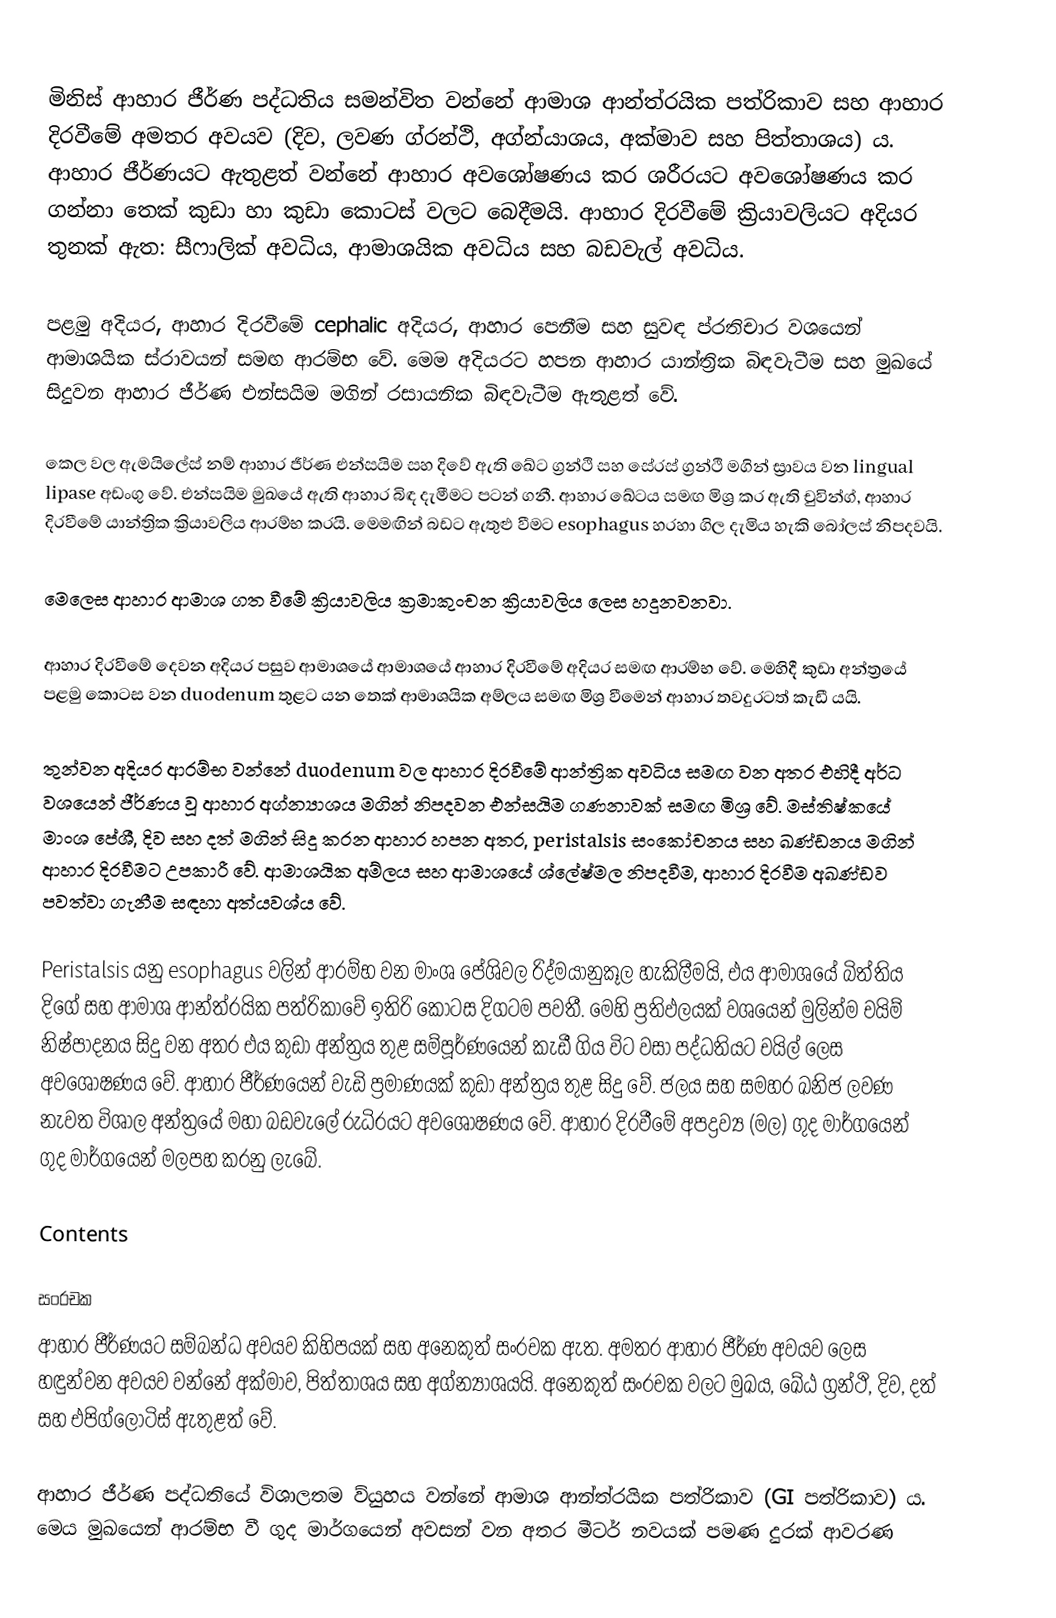
මිනිස් ආහාර ජීර්ණ පද්ධතිය සමන්විත වන්නේ ආමාශ ආන්ත්රයික පත්රිකාව සහ ආහාර දිරවීමේ අමතර අවයව (දිව, ලවණ ග්රන්ථි, අග්න්යාශය, අක්මාව සහ පිත්තාශය) ය. ආහාර ජීර්ණයට ඇතුළත් වන්නේ ආහාර අවශෝෂණය කර ශරීරයට අවශෝෂණය කර ගන්නා තෙක් කුඩා හා කුඩා කොටස් වලට බෙදීමයි. ආහාර දිරවීමේ ක්‍රියාවලියට අදියර තුනක් ඇත: සීෆාලික් අවධිය, ආමාශයික අවධිය සහ බඩවැල් අවධිය.

පළමු අදියර, ආහාර දිරවීමේ cephalic අදියර, ආහාර පෙනීම සහ සුවඳ ප්රතිචාර වශයෙන් ආමාශයික ස්රාවයන් සමඟ ආරම්භ වේ. මෙම අදියරට හපන ආහාර යාන්ත්‍රික බිඳවැටීම සහ මුඛයේ සිදුවන ආහාර ජීර්ණ එන්සයිම මගින් රසායනික බිඳවැටීම ඇතුළත් වේ.

කෙල වල ඇමයිලේස් නම් ආහාර ජීර්ණ එන්සයිම සහ දිවේ ඇති ඛේට ග්‍රන්ථි සහ සේරස් ග්‍රන්ථි මගින් ස්‍රාවය වන lingual lipase අඩංගු වේ. එන්සයිම මුඛයේ ඇති ආහාර බිඳ දැමීමට පටන් ගනී. ආහාර ඛේටය සමඟ මිශ්‍ර කර ඇති චුවින්ග්, ආහාර දිරවීමේ යාන්ත්‍රික ක්‍රියාවලිය ආරම්භ කරයි. මෙමඟින් බඩට ඇතුළු වීමට esophagus හරහා ගිල දැමිය හැකි බෝලස් නිපදවයි.

මෙලෙස ආහාර ආමාශ ගත වීමේ ක්‍රියාවලිය ක්‍රමාකුංචන ක්‍රියාවලිය ලෙස හදුනවනවා.

ආහාර දිරවීමේ දෙවන අදියර පසුව ආමාශයේ ආමාශයේ ආහාර දිරවීමේ අදියර සමඟ ආරම්භ වේ. මෙහිදී කුඩා අන්ත්‍රයේ පළමු කොටස වන duodenum තුළට යන තෙක් ආමාශයික අම්ලය සමඟ මිශ්‍ර වීමෙන් ආහාර තවදුරටත් කැඩී යයි.

තුන්වන අදියර ආරම්භ වන්නේ duodenum වල ආහාර දිරවීමේ ආන්ත්‍රික අවධිය සමඟ වන අතර එහිදී අර්ධ වශයෙන් ජීර්ණය වූ ආහාර අග්න්‍යාශය මගින් නිපදවන එන්සයිම ගණනාවක් සමඟ මිශ්‍ර වේ. මස්තිෂ්කයේ මාංශ පේශී, දිව සහ දත් මගින් සිදු කරන ආහාර හපන අතර, peristalsis සංකෝචනය සහ ඛණ්ඩනය මගින් ආහාර දිරවීමට උපකාරී වේ. ආමාශයික අම්ලය සහ ආමාශයේ ශ්ලේෂ්මල නිපදවීම, ආහාර දිරවීම අඛණ්ඩව පවත්වා ගැනීම සඳහා අත්යවශ්ය වේ.

Peristalsis යනු esophagus වලින් ආරම්භ වන මාංශ පේශිවල රිද්මයානුකූල හැකිලීමයි, එය ආමාශයේ බිත්තිය දිගේ සහ ආමාශ ආන්ත්රයික පත්රිකාවේ ඉතිරි කොටස දිගටම පවතී. මෙහි ප්‍රතිඵලයක් වශයෙන් මුලින්ම චයිම් නිෂ්පාදනය සිදු වන අතර එය කුඩා අන්ත්‍රය තුළ සම්පූර්ණයෙන් කැඩී ගිය විට වසා පද්ධතියට චයිල් ලෙස අවශෝෂණය වේ. ආහාර ජීර්ණයෙන් වැඩි ප්‍රමාණයක් කුඩා අන්ත්‍රය තුළ සිදු වේ. ජලය සහ සමහර ඛනිජ ලවණ නැවත විශාල අන්ත්‍රයේ මහා බඩවැලේ රුධිරයට අවශෝෂණය වේ. ආහාර දිරවීමේ අපද්‍රව්‍ය (මල) ගුද මාර්ගයෙන් ගුද මාර්ගයෙන් මලපහ කරනු ලැබේ.

Contents

සංරචක
ආහාර ජීර්ණයට සම්බන්ධ අවයව කිහිපයක් සහ අනෙකුත් සංරචක ඇත. අමතර ආහාර ජීර්ණ අවයව ලෙස හඳුන්වන අවයව වන්නේ අක්මාව, පිත්තාශය සහ අග්න්‍යාශයයි. අනෙකුත් සංරචක වලට මුඛය, ඛේඨ ග්‍රන්ථි, දිව, දත් සහ එපිග්ලොටිස් ඇතුළත් වේ.

ආහාර ජීර්ණ පද්ධතියේ විශාලතම ව්යුහය වන්නේ ආමාශ ආන්ත්රයික පත්රිකාව (GI පත්රිකාව) ය. මෙය මුඛයෙන් ආරම්භ වී ගුද මාර්ගයෙන් අවසන් වන අතර මීටර් නවයක් පමණ දුරක් ආවරණ